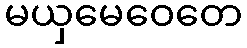
မယှမေဝေတေ